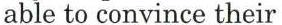
able to convince their